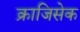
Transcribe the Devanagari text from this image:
क्राजिसेक